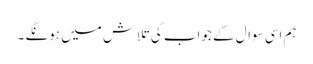
ہم اسی سوال کے جواب کی تلاش میں ہونگے ۔